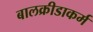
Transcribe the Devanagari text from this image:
बालक्रीडाकर्म